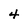
Character: 4